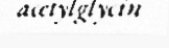
acetylglycin